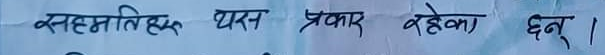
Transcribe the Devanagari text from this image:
सहमतिए इस प्रकार रहेका छन् ।